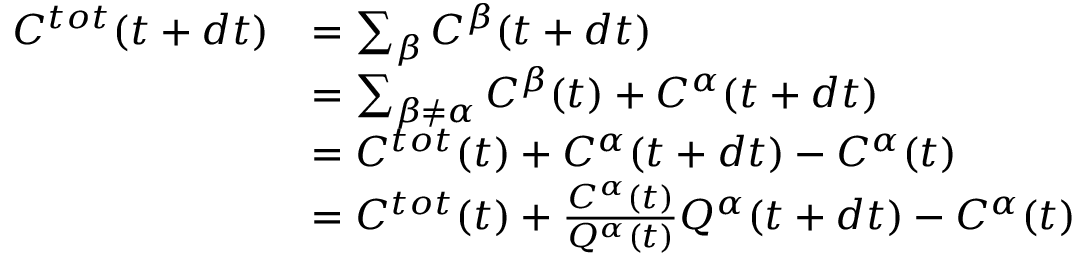
\begin{array} { r l } { C ^ { t o t } ( t + d t ) } & { = \sum _ { \beta } C ^ { \beta } ( t + d t ) } \\ & { = \sum _ { \beta \neq \alpha } C ^ { \beta } ( t ) + C ^ { \alpha } ( t + d t ) } \\ & { = C ^ { t o t } ( t ) + C ^ { \alpha } ( t + d t ) - C ^ { \alpha } ( t ) } \\ & { = C ^ { t o t } ( t ) + \frac { C ^ { \alpha } ( t ) } { Q ^ { \alpha } ( t ) } Q ^ { \alpha } ( t + d t ) - C ^ { \alpha } ( t ) } \end{array}